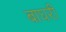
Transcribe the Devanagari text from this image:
बाघरी